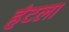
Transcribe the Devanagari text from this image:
हंटला